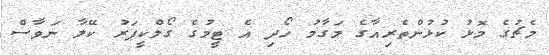
މެޗުގެ މޮޅު ކުޅުންތެރިއާގެ މަގާމު ހޯދި އެ ޓީމުގެ ގޯލްކީޕަރު ކޭލާ ނަވާސް